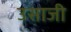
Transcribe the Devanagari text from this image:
उसाजी